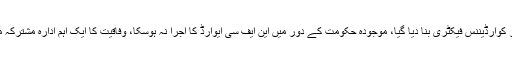
پارلیمنٹ پر تالے لگائے گئے اور ایوان صدر کوارڈیننس فیکٹری بنا دیا گیا، موجودہ حکومت کے دور میں این ایف سی ایوارڈ کا اجرا نہ ہوسکا، وفاقیت کا ایک اہم ادارہ مشترکہ مفادات کونسل جس کا اجلاس تک نہ بلایا گیا۔